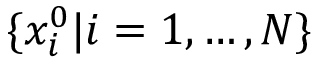
\{ x _ { i } ^ { 0 } | i = 1 , \dots , N \}